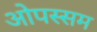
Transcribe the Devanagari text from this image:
ओपस्सम